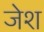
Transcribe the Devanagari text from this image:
जेश